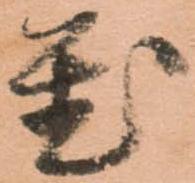
置